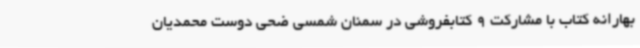
بهارانه کتاب با مشارکت 9 کتابفروشی‌ در سمنان شمسی ضحی دوست محمدیان